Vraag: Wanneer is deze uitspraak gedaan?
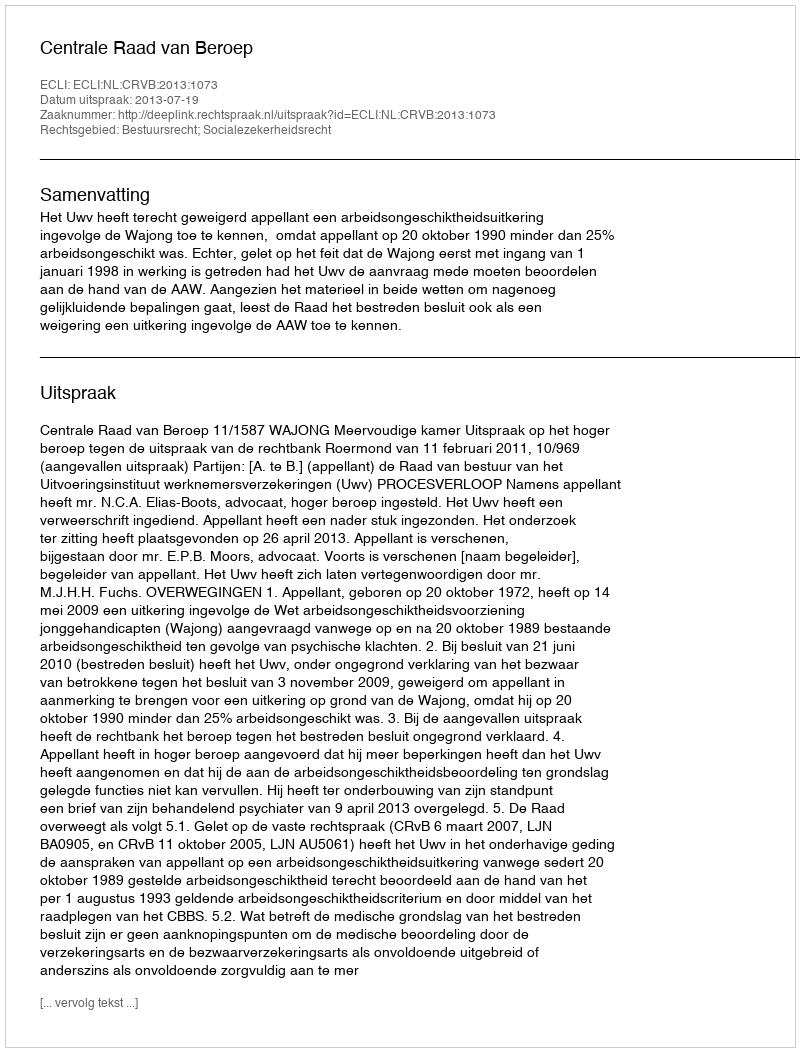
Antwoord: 2013-07-19